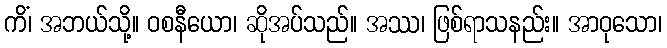
ကိံ၊ အဘယ်သို့။ ဝစနီယော၊ ဆိုအပ်သည်။ အဿ၊ ဖြစ်ရာသနည်း။ အာဝုသော၊